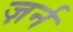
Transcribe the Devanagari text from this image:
ज़र्न